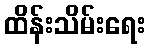
ထိန်းသိမ်းရေး